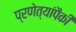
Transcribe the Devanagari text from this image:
प्रणेत्यांपैकी